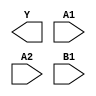
module sky130_fd_sc_hs__o21ai (
    Y ,
    A1,
    A2,
    B1
);

    output Y ;
    input  A1;
    input  A2;
    input  B1;

    // Voltage supply signals
    supply1 VPWR;
    supply0 VGND;

endmodule